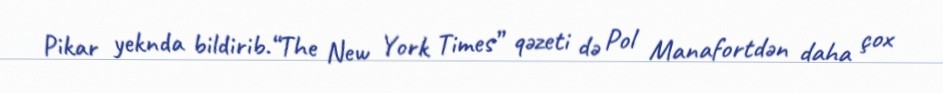
Pikar yeknda bildirib.“The New York Times” qəzeti də Pol Manafortdən daha çox